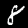
Digit: 8